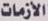
الأزمات